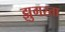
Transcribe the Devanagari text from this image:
झुगरता